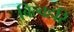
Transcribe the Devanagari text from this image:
बिल्वहरि